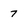
Character: 7